Civil Veterinary Dept. Bombay admin report 1932-41 - 1932-1941
Year: 1932
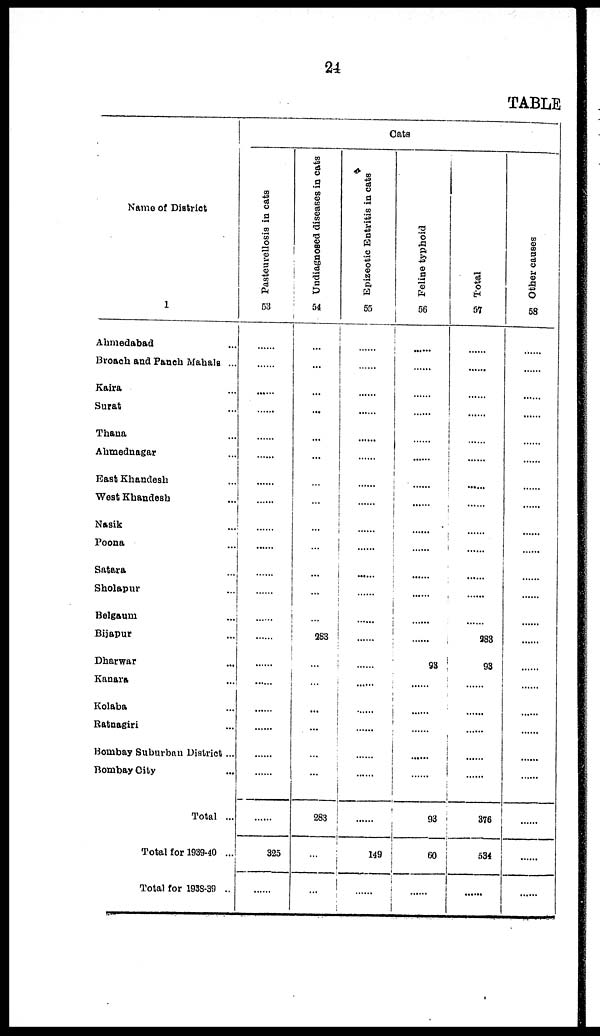
24
TABLE
Name of District
1
Ahmedabad ...
Broach and Panch Mahals ...
Kaira ...
Surat ...
Thana ...
Ahmednagar ...
East Khandesh ...
West Khandesh ...
Nasik ...
Poona ...
Satara ...
Sholapur ...
Belgaum ...
Bijapur ...
Dharwar ...
Kanara ...
Kolaba ...
Ratnagiri ...
Bombay Suburban District ...
Bombay City ...
Total ..
Total for 1939-40 ...
Total for 1938-39 ..
Cats
Pasteurellosis
in cats
53
......
......
......
......
......
......
......
......
......
......
......
......
......
......
......
......
.....
325
......
Undiagnosed diseases in cats
54
...
...
...
...
...
...
...
...
...
...
...
...
...
283
...
...
...
...
...
...
283
...
...
Epizeotic Entritis in cats
55
......
......
......
......
......
......
......
......
......
......
......
......
......
......
......
......
......
......
......
......
......
149
......
Feline typhoid
56
......
......
......
......
......
......
......
......
......
......
......
......
......
......
93
......
......
......
......
......
93
60
......
Total
57
......
......
......
......
......
......
......
......
......
......
......
......
......
283
93
......
......
......
......
......
376
534
......
Other causes
58
.......
.......
.......
.......
......
......
......
......
......
.......
.....
......
......
......
......
......
......
......
......
......